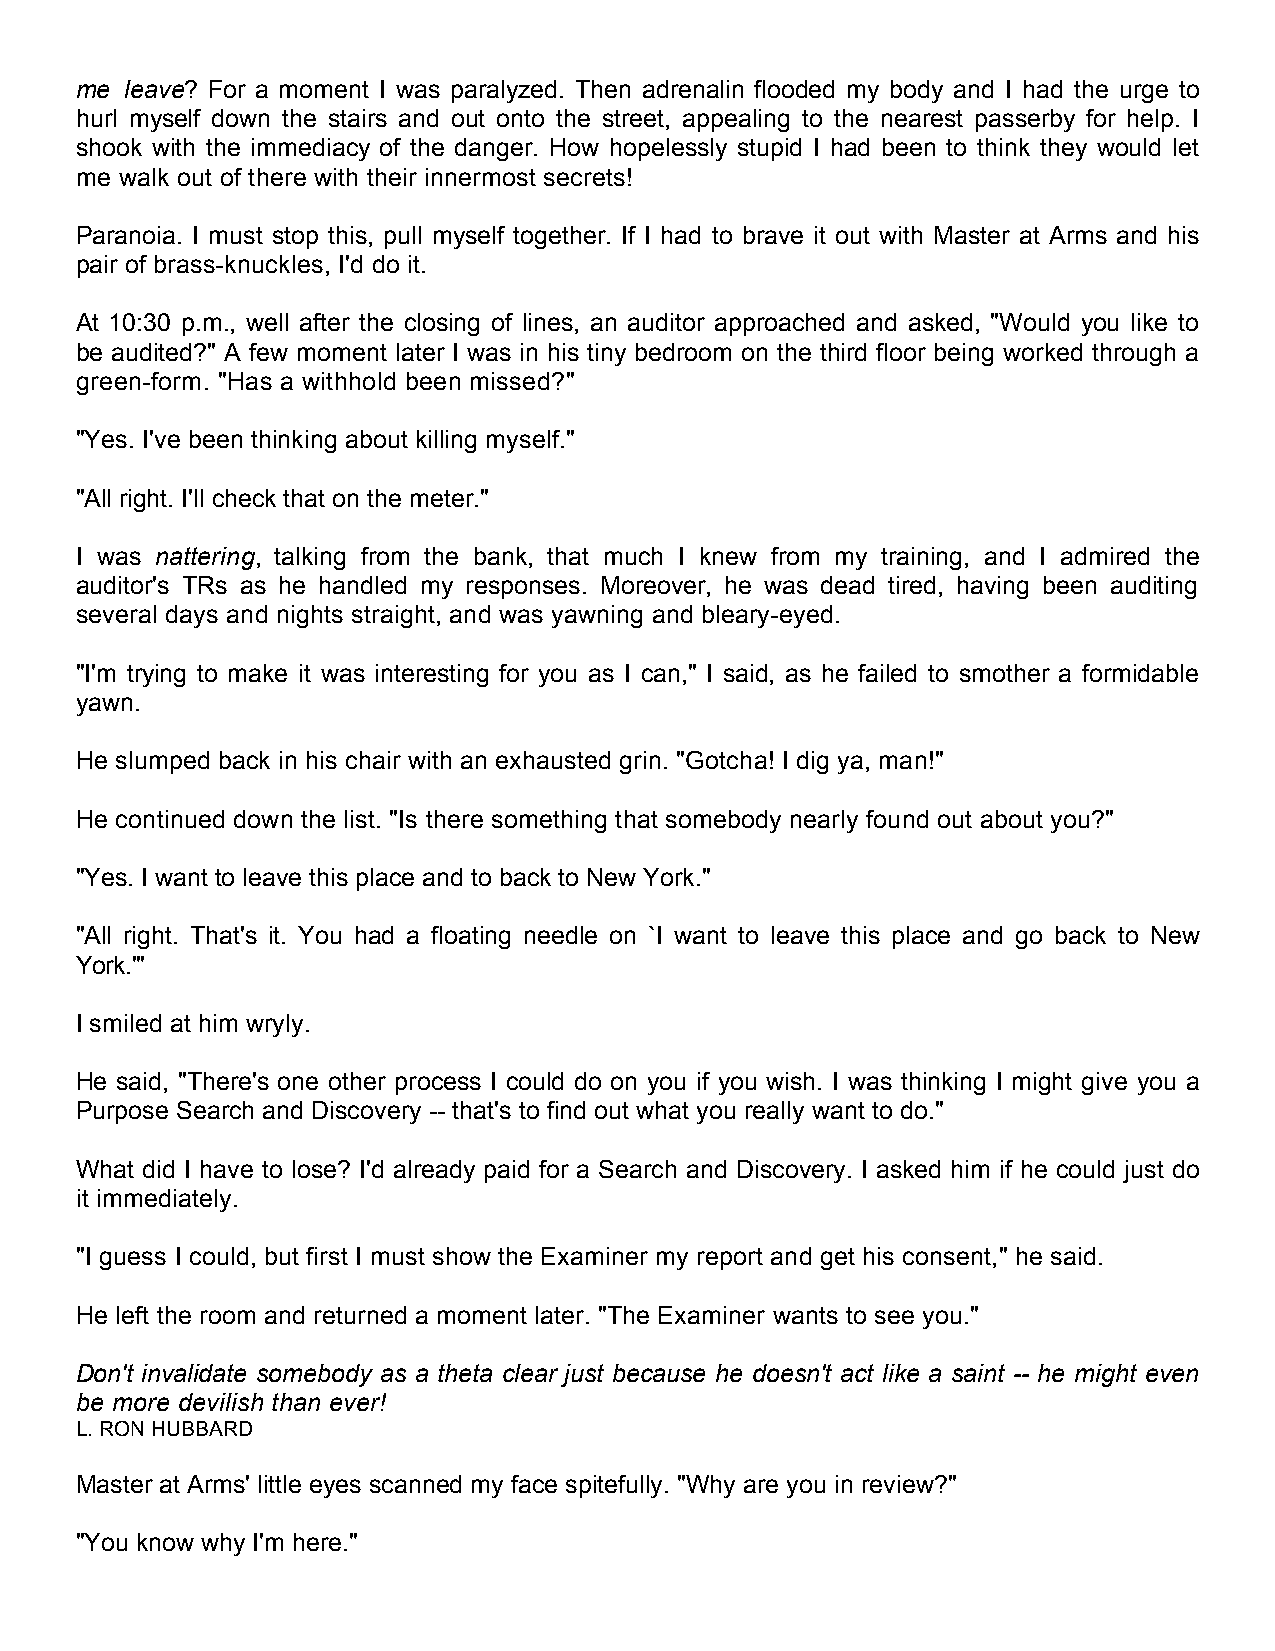
me leave? For a moment I was paralyzed. Then adrenalin flooded my body and I had the urge to
 hurl myself down the stairs and out onto the street, appealing to the nearest passerby for help. I
 shook with the immediacy of the danger. How hopelessly stupid I had been to think they would let
 me walk out of there with their innermost secrets!
 Paranoia. I must stop this, pull myself together. If I had to brave it out with Master at Arms and his
 pair of brass-knuckles, I'd do it.
 At 10:30 p.m., well after the closing of lines, an auditor approached and asked, "Would you like to
 be audited?" A few moment later I was in his tiny bedroom on the third floor being worked through a
 green-form. "Has a withhold been missed?"
 "Yes. I've been thinking about killing myself."
 "All right. I'll check that on the meter."
 I was nattering, talking from the bank, that much I knew from my training, and I admired the
 auditor's TRs as he handled my responses. Moreover, he was dead tired, having been auditing
 several days and nights straight, and was yawning and bleary-eyed.
 "I'm trying to make it was interesting for you as I can," I said, as he failed to smother a formidable
 yawn.
 He slumped back in his chair with an exhausted grin. "Gotcha! I dig ya, man!"
 He continued down the list. "Is there something that somebody nearly found out about you?"
 "Yes. I want to leave this place and to back to New York."
 "All right. That's it. You had a floating needle on `I want to leave this place and go back to New
 York.'"
 I smiled at him wryly.
 He said, "There's one other process I could do on you if you wish. I was thinking I might give you a
 Purpose Search and Discovery -- that's to find out what you really want to do."
 What did I have to lose? I'd already paid for a Search and Discovery. I asked him if he could just do
 it immediately.
 "I guess I could, but first I must show the Examiner my report and get his consent," he said.
 He left the room and returned a moment later. "The Examiner wants to see you."
 Don't invalidate somebody as a theta clear just because he doesn't act like a saint -- he might even
 be more devilish than ever!
 L. RON HUBBARD
 Master at Arms' little eyes scanned my face spitefully. "Why are you in review?"
 "You know why I'm here."